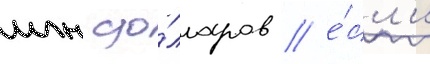
млн до́лларов / е́сл'и